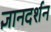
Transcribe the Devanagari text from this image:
ज्ञानदर्शन